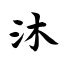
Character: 沐